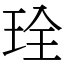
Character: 㻇